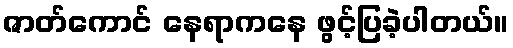
ဇာတ်ကောင် နေရာကနေ ဖွင့်ပြခဲ့ပါတယ်။